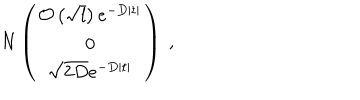
LaTeX: N \left( \begin{array} { c } { { { \cal { O } } \left( \sqrt { l } \right) e ^ { - D | t | } } } \\ { { 0 } } \\ { { \sqrt { 2 D } e ^ { - D | t | } } } \\ \end{array} \right) ~ ,